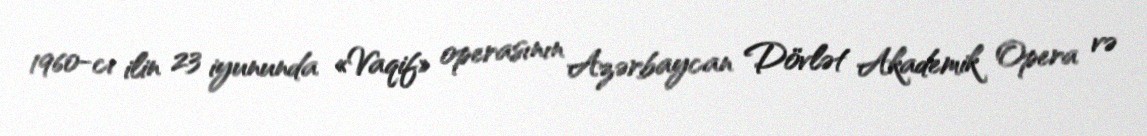
1960-cı ilin 23 iyununda «Vaqif» operasının Azərbaycan Dövlət Akademik Opera və